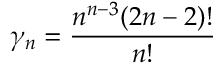
\gamma _ { n } = \frac { n ^ { n - 3 } ( 2 n - 2 ) ! } { n ! }